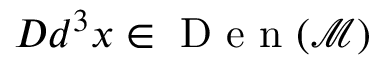
D d ^ { 3 } x \in \mathrm { ~ D ~ e ~ n ~ } ( \mathcal { M } )